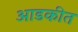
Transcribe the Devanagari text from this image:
आडकीत